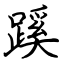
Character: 蹊